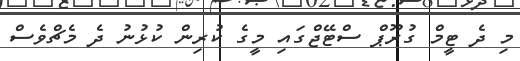
މި ދެ ޓީމް ގުރޫޕް ސްޓޭޖްގައި މީގެ ކުރިން ކުޅުނު ދެ މެޗްވެސް